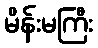
မိန်းမကြီး